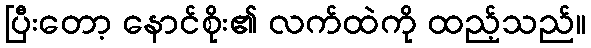
ပြီးတော့ နောင်စိုး၏ လက်ထဲကို ထည့်သည်။